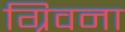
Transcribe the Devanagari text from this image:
ग्रिवना